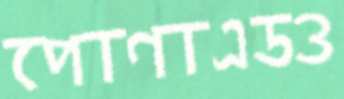
পোণাএডও